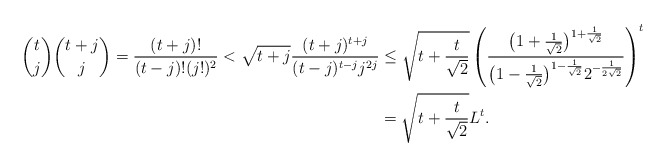
\begin{align*}\binom{t}{j}\binom{t+j}{j}=\frac{(t+j)!}{(t-j)!(j!)^2}<\sqrt{t+j}\frac{(t+j)^{t+j}}{(t-j)^{t-j}j^{2j}}&\leq \sqrt{t+\frac{t}{\sqrt{2}}}\left(\frac{\big(1+\frac{1}{\sqrt{2}}\big)^{1+\frac{1}{\sqrt{2}}}}{\big(1-\frac{1}{\sqrt{2}}\big)^{1-\frac{1}{\sqrt{2}}}2^{-\frac{1}{2\sqrt{2}}}}\right)^t\\&=\sqrt{t+\frac{t}{\sqrt{2}}}L^t.\end{align*}